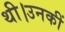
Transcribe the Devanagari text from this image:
थी।उनकीं